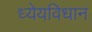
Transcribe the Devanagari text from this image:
ध्येयविधान